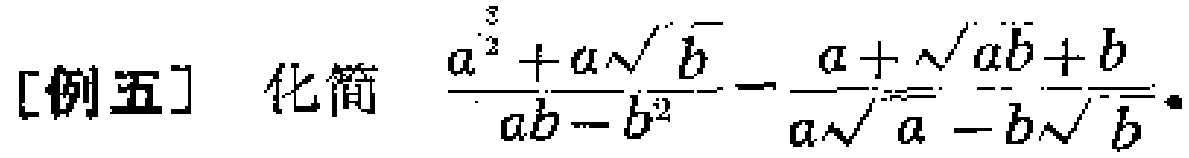
[例五] 化简 $\frac{a^{\frac{3}{2}}+a\sqrt{b}}{ab - b^{2}}-\frac{a+\sqrt{ab}+b}{a\sqrt{a}-b\sqrt{b}}$。